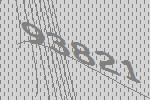
93821